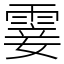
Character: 霎